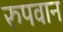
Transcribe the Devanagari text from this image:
रुपवान